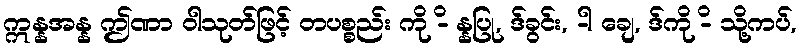
ဣန္နအန္န ဤဏာ ဝါသုတ်ဖြင့် တပစ္စည်း ကို -ိ န္နပြု, ဒ်ခွင်း, -ါ ချေ, ဒ်ကို -ိ သို့ကပ်,